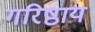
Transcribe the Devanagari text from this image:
गरिष्ठाय